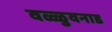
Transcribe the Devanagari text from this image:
वळ्ळुवनाड